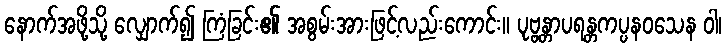
နောက်အဖို့သို့ လျှောက်၍ ကြံခြင်း၏ အစွမ်းအားဖြင့်လည်းကောင်း။ ပုဗ္ဗန္တာပရန္တကပ္ပနဝသေန ဝါ၊